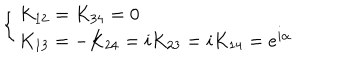
LaTeX: \left\{ \begin{array} { l l } { { K _ { 1 2 } = K _ { 3 4 } = 0 } } \\ { { K _ { 1 3 } = - K _ { 2 4 } = i K _ { 2 3 } = i K _ { 1 4 } = e ^ { i \alpha } } } \\ \end{array} \right.